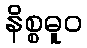
နိစ္စဓူဝ